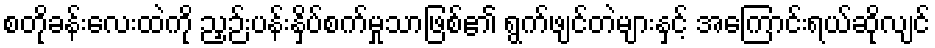
စတိုခန်းလေးထဲကို ညှဉ်းပန်းနှိပ်စက်မှုသာဖြစ်၏ ရွက်ဖျင်တဲများနှင့် အကြောင်းရယ်ဆိုလျင်